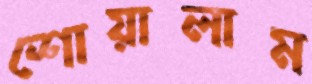
শোয়ালাম